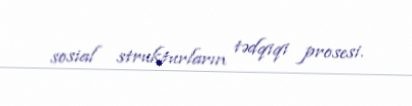
sosial strukturların tədqiqi prosesi.